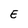
Character: E